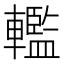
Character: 轞